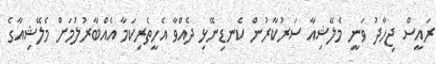
ރައީސް ޖިހާދު ވަނީ މެލޭޝިއާ ސަރުކާރުން ކެނޑިނޭޅި ދެއްވާ އެހީތެރިކަމާ އެއްބާރުލުމަށް މެލޭޝިއާގެ